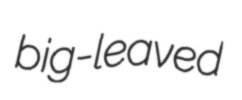
big-leaved